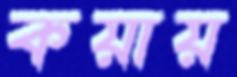
কয়ায়